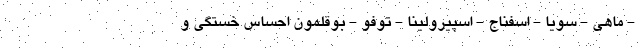
- ماهی - سویا - اسفناج - اسپیرولینا - توفو - بوقلمون احساس خستگی و